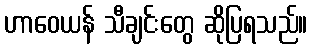
ဟာဝေယန် သီချင်းတွေ ဆိုပြရသည်။